Medical and sanitary report of the native army of Bengal for the year
Year: 1877
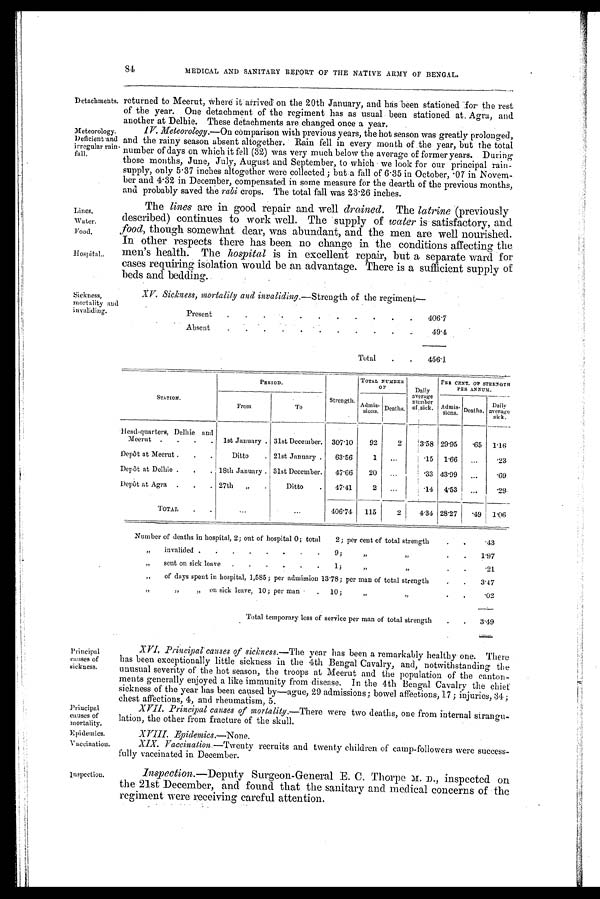
Detachments.
Meteorology.
Deficient and
irregular rain-
fall.
Lines.
Water.
Food.
Hospital.
Sickness,
mortality and
invaliding.
returned to Meerut, Where it arrived on the 20th January, and has been stationed for the rest
of the year. One detachment of the regiment has as usual been stationed at, Agra, and
another at Delhie. These detachments are changed once a year,
IV. Meteorology.— On comparison with previous years, the hot season was greatly prolonged,
and the rainy season absent altogether. Rain fell in every month of the year, but the total
number of days on which it fell (32) was very much below the average of former years. During
those months, June, July, August and September, to which we look for our principal rain-
supply, only 5.37 inches altogether were collected ; but.a fall of 6.35 in October, .07 in Novem-
ber and 4.32 in December, compensated in some measure for the dearth of the previous months,
and probably saved the rabi crops. The total fall was 23.26 inches.
The lines are in good repair and well drained. The latrine (previously
described) continues to work well. The supply of water is satisfactory, and
food, though somewhat dear, was abundant, and the men are well nourished.
In other respects there has been no change in the conditions affecting the
men's health. The hospital is in excellent repair, but a separate ward for
cases requiring isolation would be an advantage. There is a sufficient supply of
beds and bedding.
XV. Sickness, mortality and invaliding,—Strength of the regiment
—
Present
.
.
.
.
.
.
.
.
.
.
406.7
Absent
.
.
.
.
.
.
.
.
.
.
49.4
Total
.
.
456.1
PERIOD.
Strength
TOTAL NUMBER
O F
Daily
average
number
of sick.
PER CENT. OF STRENGTH
PER ANNUM,
STATION.
F r o m
To
Admis-
sions.
Deaths.
Admis-
sion. Deaths, a
verage
Daily
sick.
Head quarters, Delhie
and
Meerut
.
.
.
.
1st January.
31st December.
307.10
92
2
3.58
29.95
.65
1.16
Depôt at Meerut .
.
.
Ditto
.
21st January .
63.56
1
...
.15
1.66
...
.23
Depôt at Delhie .
.
.
18th January .
31st December.
47.66
20
...
.33
43.9
..
.
.69
Depôt at Agra
.
.
.
27th
„
.
Ditto
.
47.41
2
...
.14
4.53
...
.29
TOTAL
.
.
... ...
406.74
115
2
4.34
28.27
.49
1.06
Number of deaths in hospital, 2; out of hospital 0; total
2; per cent of total strength
.
.
-43
„
invalided .
.
.
.
.
.
.
.
9;
„
.
.
1.97
„
sent on sick leave
.
.
.
.
.
.
1;
„
.
.
21
„
of days spent in hospital, 1,585; per admission 13.78; per man of total strength
.
3.47
„
„
„
on sick leave, 10; per man
.
10;
„
„
.
. 02
Total temporary loss of service per man of total strength
.
.
3.49
Principal
causes of
sickness.
Principal
Causes of
mortality.
Epidemics.
Vaccination.
Inspection.
XVI. Principal causes of sickness.— The year has been a remarkably healthy one. There
has been exceptionally little sickness in the 4th Bengal Cavalry, and, notwithstanding the
unusual severity of the hot season, the troops at Meerut and the population of the canton-
ments generally enjoyed a like immunity from disease. In the 4th Bengal Cavalry the chief
sickness of the year has been caused by—ague, 29 admissions; bowel affections, 17; injuries, 34;
chest affections, 4, and rheumatism, 5.
XVII. Principal causes of mortality.— There were two deaths, one from internal strangu-
lation, the other from fracture of the skull.
VIII.
Epidemics.—None.
XIX. Vaccination.— Twenty recruits and twenty children of camp-followers were success-
fully vaccinated in December.
Inspection.— Deputy Surgeon-General E. C. Thorpe D., inspected on
the 21st December, and found that the sanitary and medical concerns of the
regiment were receiving careful attention.